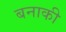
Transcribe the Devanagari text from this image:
बनाकी